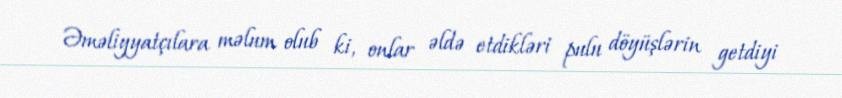
Əməliyyatçılara məlum olub ki, onlar əldə etdikləri pulu döyüşlərin getdiyi